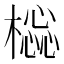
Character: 𣛚